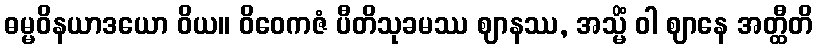
ဓမ္မဝိနယာဒယော ဝိယ။ ဝိဝေကဇံ ပီတိသုခမဿ ဈာနဿ, အသ္မိံ ဝါ ဈာနေ အတ္ထီတိ